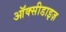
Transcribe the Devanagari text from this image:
ऑक्सीडाइज़